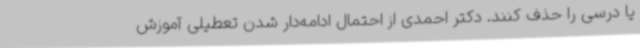
یا درسی را حذف کنند. دکتر احمدی از احتمال ادامه‌دار شدن تعطیلی آموزش